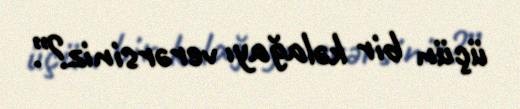
üçün bir kəlağayı verərsiniz?”.